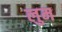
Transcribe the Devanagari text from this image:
लुम